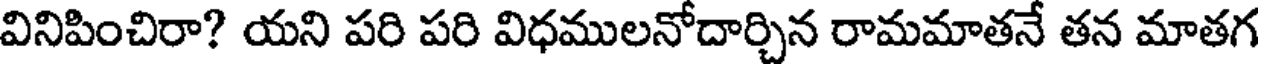
వినిపించిరా? యని పరి పరి విధములనోదార్చిన రామమాతనే తన మాతగ